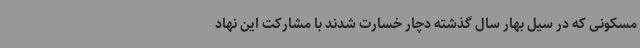
مسکونی که در سیل بهار سال گذشته دچار خسارت شدند با مشارکت این نهاد